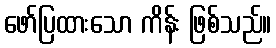
ဖော်ပြထားသော ကိန်း ဖြစ်သည်။